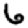
Digit: 6